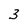
Character: 3